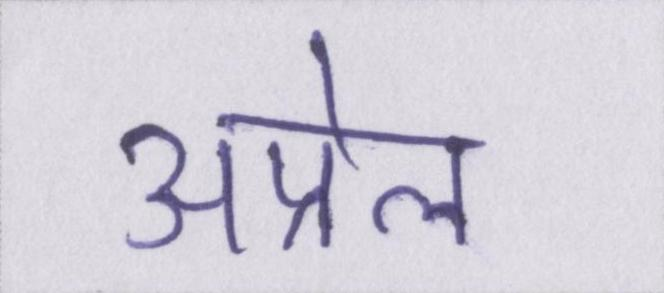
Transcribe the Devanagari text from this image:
अप्रेल